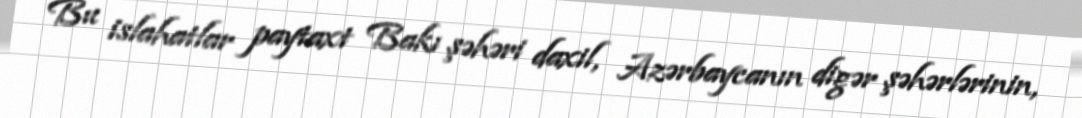
Bu islahatlar paytaxt Bakı şəhəri daxil, Azərbaycanın digər şəhərlərinin,